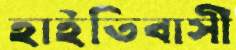
হাইতিবাসী